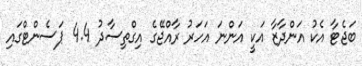
ބަޖެޓާ އެކު އަންދާޒާ އަކީ އަންނަ އަހަރު ރާއްޖޭގެ އިގްތިސާދު 4.4 ޕަސެންޓްގައި